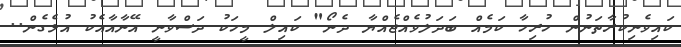
ކައިވެނިކުރާތަނުން ހުރިހާ ކަމެއް ބަދަލުވެއްޖެއްޔާ ދެނޯ" ކައިލް މީހަކު ދަސްވާނީ އޭނާއާއެކު އުޅެގެން..